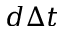
d \Delta t